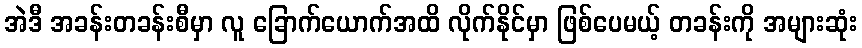
အဲဒီ အခန်းတခန်းစီမှာ လူ ခြောက်ယောက်အထိ လိုက်နိုင်မှာ ဖြစ်ပေမယ့် တခန်းကို အများဆုံး